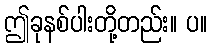
ဤခုနစ်ပါးတို့တည်း။ ပ။